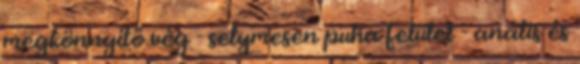
megkönnyítő vég - selymesen puha felület - anális és